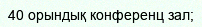
40 орындық конференц зал;